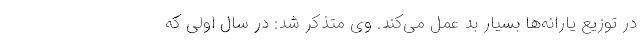
در توزیع یارانه‌ها بسیار بد عمل می‌کند. وی متذکر شد: در سال اولی که